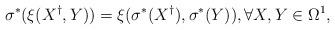
LaTeX: \begin{align*}\sigma^\ast(\xi(X^\dag, Y))=\xi(\sigma^\ast(X^\dag),\sigma^\ast(Y)), \forall X, Y\in\Omega^1,\end{align*}